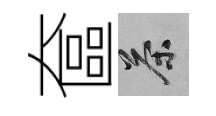
奩茶